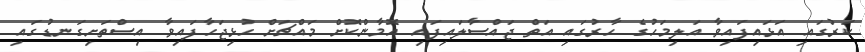
ކަރުގައި އަޅައިފައިވާ އަލިމަހުގެ ހާރުގައި އަތް ޖައްސާލައިފައި އޮމާންކޮށް މައްޗަށް ހުޅިޖަހާފައިވާ އިސްތަށިގަނޑުގައި